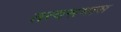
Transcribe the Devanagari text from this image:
तत्वसमास